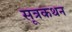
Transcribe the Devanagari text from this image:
सूत्रकथन